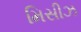
મિસીઝ